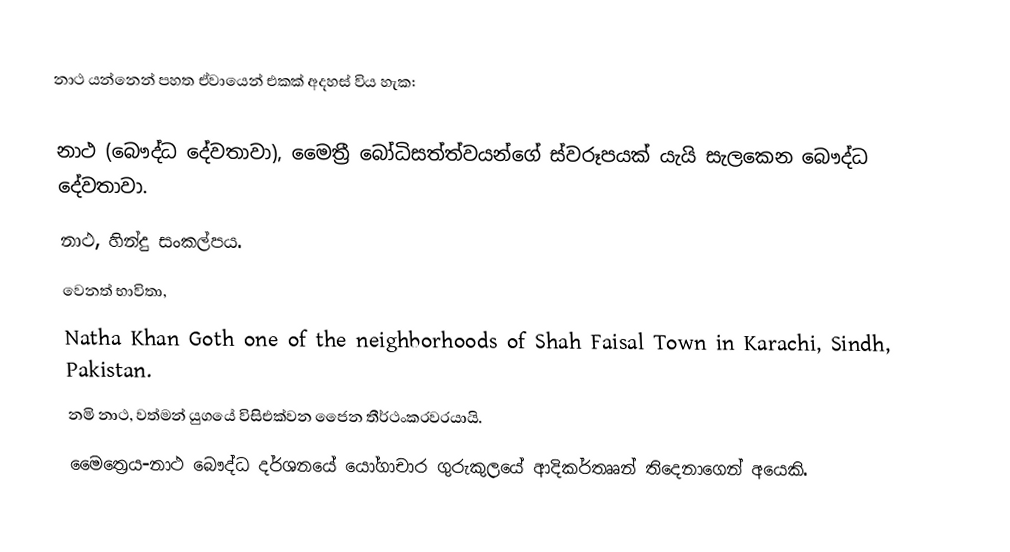
නාථ යන්නෙන් පහත ඒවායෙන් එකක් අදහස් විය හැක:

 නාථ (බෞද්ධ දේවතාවා), මෛත්‍රී බෝධිසත්ත්වයන්ගේ ස්වරූපයක් යැයි සැලකෙන බෞද්ධ දේවතාවා.
 නාථ, හින්දු සංකල්පය.
වෙනත් භාවිතා,
 Natha Khan Goth one of the neighborhoods of Shah Faisal Town in Karachi, Sindh, Pakistan.
 නමි නාථ, වත්මන් යුගයේ විසිඑක්වන ජෛන තීර්ථංකරවරයායි.
 මෛත්‍රෙය-නාථ බෞද්ධ දර්ශනයේ යෝගාචාර ගුරුකුලයේ ආදිකර්තෲන් තිදෙනාගෙන් අයෙකි.